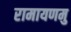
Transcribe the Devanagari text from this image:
रामायणमु